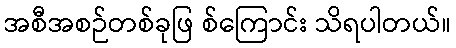
အစီအစဉ်တစ်ခုဖြ စ်ကြောင်း သိရပါတယ်။